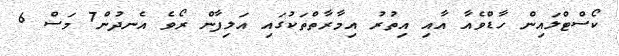
ކޯސްޓްލައިން ހާޑްވެއާ އާއި އިތުރު އިމާރާތްތަކުގައި އަލިފާން ރޯވެ އެނދުން7 މަސް 6